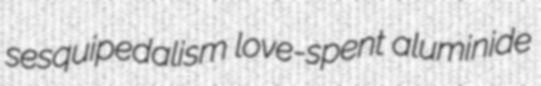
sesquipedalism love-spent aluminide